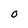
Character: O